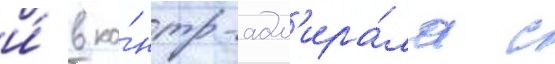
и́ в ко́нтр-адм'ира́ла с